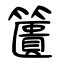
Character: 籄